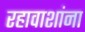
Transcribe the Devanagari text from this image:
रहावाशांना